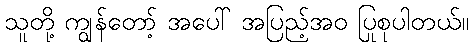
သူတို့ ကျွန်တော့် အပေါ် အပြည့်အဝ ပြုစုပါတယ်။